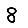
Digit: 8